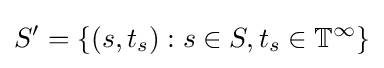
S'=\{(s,t_{s}):s\in S,t_{s}\in \mathbb {T} ^{\infty }\}